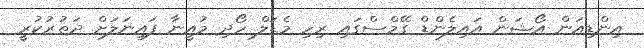
އިންޑިއަން އޯޝަން އައިލެންޑް ގޭމްސްގައި ރިހި މެޑަލް ހޯދި މުއީނާ ފައިނަލަށް ދަތުރުކުރީ